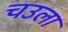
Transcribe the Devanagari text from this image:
चउला